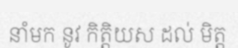
នាំមក នូវ កិត្តិយស ដល់ មិត្ត